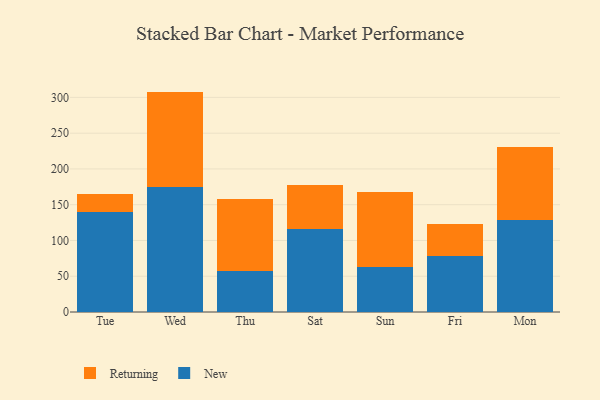
{"axis": {"x": "Day", "y": "Budget (USD K)"}, "legend": ["New", "Returning"], "data": [{"x": "Tue", "y": 139.8, "type": "New"}, {"x": "Tue", "y": 25.0, "type": "Returning"}, {"x": "Wed", "y": 175.4, "type": "New"}, {"x": "Wed", "y": 132.7, "type": "Returning"}, {"x": "Thu", "y": 57.0, "type": "New"}, {"x": "Thu", "y": 100.8, "type": "Returning"}, {"x": "Sat", "y": 115.7, "type": "New"}, {"x": "Sat", "y": 61.6, "type": "Returning"}, {"x": "Sun", "y": 62.7, "type": "New"}, {"x": "Sun", "y": 105.0, "type": "Returning"}, {"x": "Fri", "y": 78.6, "type": "New"}, {"x": "Fri", "y": 44.4, "type": "Returning"}, {"x": "Mon", "y": 128.1, "type": "New"}, {"x": "Mon", "y": 102.1, "type": "Returning"}]}